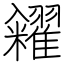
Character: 糴